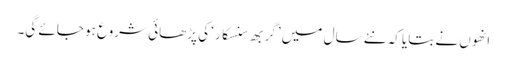
انھوں نے بتایا کہ نئے سال میں ’گربھ سنسکار‘ کی پڑھائی شروع ہو جائے گی۔